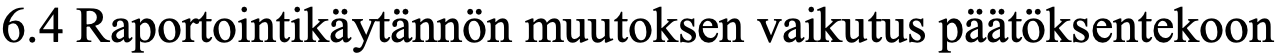
6.4 Raportointikäytännön muutoksen vaikutus päätöksentekoon